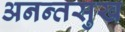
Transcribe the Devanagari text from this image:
अनन्तसुख